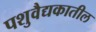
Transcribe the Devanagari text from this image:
पशुवैद्यकातील